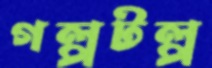
গল্পটল্প